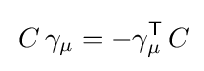
\,C\,\gamma _{\mu }=-\gamma _{\mu }^{\mathsf {T}}\,C